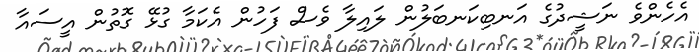
އެހެންވެ ނަޝީދުގެ އަނބިކަނބަލުން ލައިލާ ވެސް ފަހުން އެކަމާ ގުޅޭ ގޮތުން އީސައާ